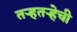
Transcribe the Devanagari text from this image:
तर्‍हतर्‍हेची